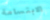
الابتسامة